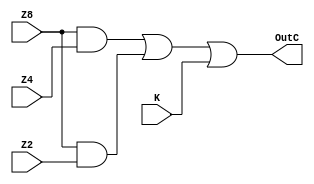
`timescale 1ns / 1ps
//////////////////////////////////////////////////////////////////////////////////
// Company: 
// Engineer: 
// 
// Design Name: 
// Module Name:    output_carry 
// Project Name: 
// Target Devices: 
// Tool versions: 
// Description: 
//
// Dependencies: 
//
// Revision: 
// Revision 0.01 - File Created
// Additional Comments: 
//
//////////////////////////////////////////////////////////////////////////////////
module output_carry(Z2, Z4, Z8, K, OutC);
input Z2, Z4, Z8, K;
output OutC;

assign OutC= (Z8 & Z4) | (Z8 & Z2) | K;

endmodule